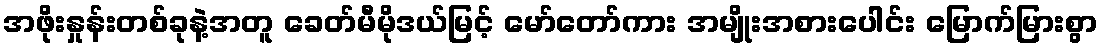
အဖိုးနှုန်းတစ်ခုနဲ့အတူ ခေတ်မီမိုဒယ်မြင့် မော်တော်ကား အမျိုးအစားပေါင်း မြောက်မြားစွာ